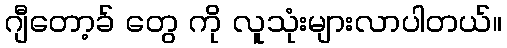
ဂျီတော့ခ် တွေ ကို လူသုံးများလာပါတယ်။